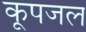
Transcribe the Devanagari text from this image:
कूपजल